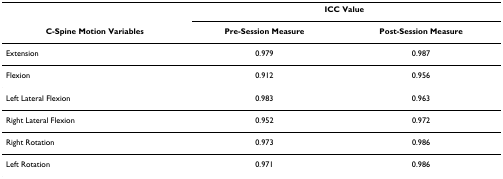
|  | <COLSPAN=2> ICC Value |
 | C-Spine Motion Variables | Pre-Session Measure | Post-Session Measure |
 | --- | --- | --- |
 | Extension | 0.979 | 0.987 |
 | Flexion | 0.912 | 0.956 |
 | Left Lateral Flexion | 0.983 | 0.963 |
 | Right Lateral Flexion | 0.952 | 0.972 |
 | Right Rotation | 0.973 | 0.986 |
 | Left Rotation | 0.971 | 0.986 |